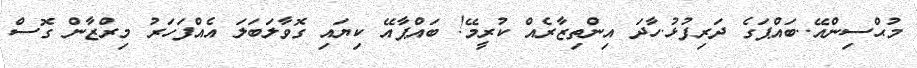
މުޙްސިންއޭ..ބައްޕަގެ ދަރިފުޅު.ހާދަ އިންތިޒާރެއް ކުރީމޭ! ބައްޕާއޭ ކިޔައި ގޮވާލަބަލަ އެއްފަހަރު މިރްޒާން ގޮސް